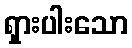
ရှားပါးသော